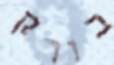
בורק